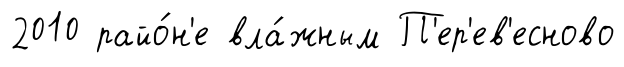
2010 райо́н'е вла́жным П'ер'ев'есново